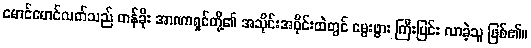
မောင်မောင်လတ်သည် တန်ခိုး အာဏာရှင်တို့၏ အသိုင်းအဝိုင်းထဲတွင် မွေးဖွား ကြီးပြင်း လာခဲ့သူ ဖြစ်၏။